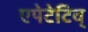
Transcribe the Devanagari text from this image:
एपेटेटिव्